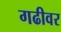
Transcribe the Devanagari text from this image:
गढीवर